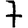
Digit: 7